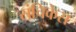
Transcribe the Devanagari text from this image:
संचिकेस